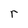
Character: r